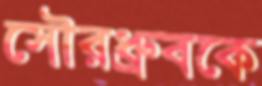
সৌরধ্রুবকে